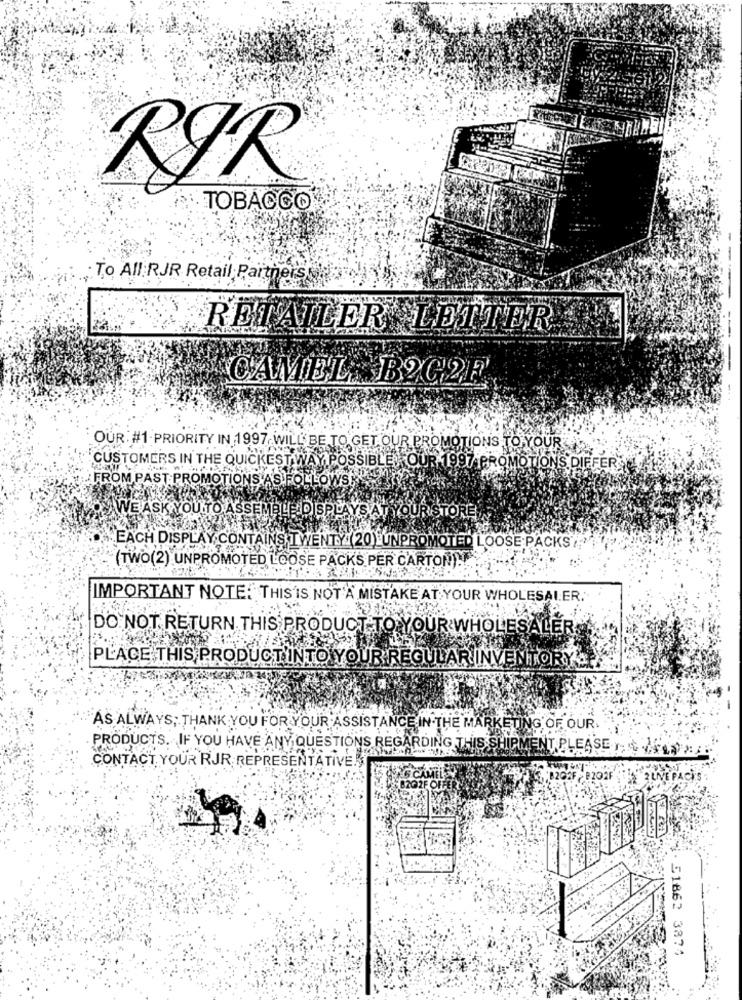
TOBACCO
To All RJR Retail Partnerskie
RETAILER LEITER
CAMEL BOG2F
OUR: #1 PRIORITY IN 1997, WILL BE TO GET OUR PROMOTIONS TO YOUR
CUSTOMERS IN THE QUICKESTWAY POSSIBLE JOUR 1997 PROMOTIONS DIFFER
FROM PAST PROMOTIONS AS FOLLOWS
WE ASK YOU TO ASSEMBLE DISPLAYS AT YOUR STORE
EACH DISPLAY CONTAINS TWENTY (20) UNPROMOTED LOOSE PACKS
(TWO(2) UNPROMOTED LOOSE PACKS PER CARTON) ....
IMPORTANT NOTE: THIS IS NOT A MISTAKE AT YOUR WHOLESALER.
DO NOT RETURN THIS PRODUCT TO YOUR WHOLESALER
PLACE THIS PRODUCT INTO YOUR REGULAR INVENTORY .
AS ALWAYS; THANK YOU FOR YOUR ASSISTANCE IN THE MARKETING OF OUR.
PRODUCTS. IF YOU HAVE ANY QUESTIONS REGARDING THIS SHIPMENT PLEASE
CONTACT YOUR RJR REPRESENTATIVE!
8202F
ICAM
8202F-8202F
2003. 51862 3374